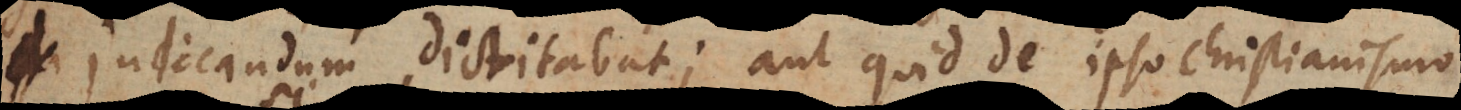
dictitabat; aut quid de ipso Christianismo